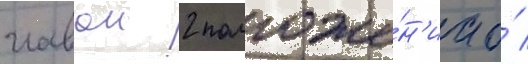
главои 2 положе́н'иа о́